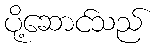
ပို့ဆောင်သည်